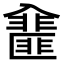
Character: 𠓿